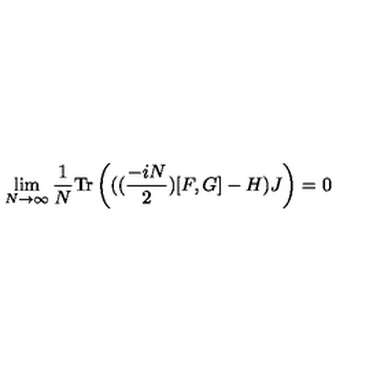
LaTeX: \lim _ { N \rightarrow \infty } \frac { 1 } { N } \mathrm { T r } \left( ( ( \frac { - i N } { 2 } ) [ F , G ] - H ) J \right) = 0